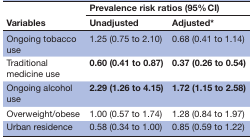
| <ROWSPAN=2> Variables | <COLSPAN=2> Prevalence risk ratios (95% CI) |
 | Unadjusted | Adjusted* |
 | --- | --- | --- |
 | Ongoing tobacco use | 1.25 (0.75 to 2.10) | 0.68 (0.41 to 1.14) |
 | Traditional medicine use | 0.60 (0.41 to 0.87) | 0.37 (0.26 to 0.54) |
 | Ongoing alcohol use | 2.29 (1.26 to 4.15) | 1.72 (1.15 to 2.58) |
 | Overweight/obese | 1.00 (0.57 to 1.74) | 1.28 (0.84 to 1.97) |
 | Urban residence | 0.58 (0.34 to 1.00) | 0.85 (0.59 to 1.22) |